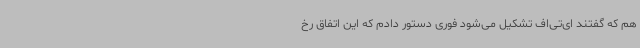
هم که گفتند ای‌تی‌اف تشکیل می‌شود فوری دستور دادم که این اتفاق رخ